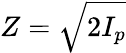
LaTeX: Z=\sqrt{2I_{p}}